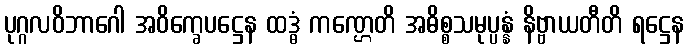
ပုဂ္ဂလဝိဘာဂေါ အဝိက္ခေပဋ္ဌေန ထဒ္ဓံ ကဏ္ဌေတိ အဓိစ္စသမုပ္ပန္နံ နိဗ္ဗာယတီတိ ရဋ္ဌေန